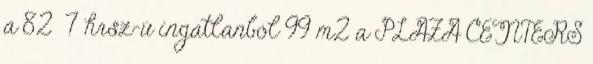
a 82 7 hrsz-ú ingatlanból 99 m2 a PLAZA CENTERS